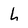
Character: h